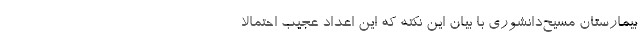
بیمارستان مسیح‌دانشوری با بیان این نکته که این اعداد عجیب احتمالا